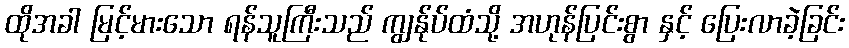
ထိုအခါ မြင့်မားသော ရန်သူကြီးသည် ကျွန်ုပ်ထံသို့ အဟုန်ပြင်းစွာ နှင့် ပြေးလာခဲ့ခြင်း